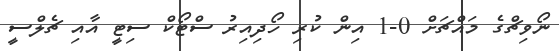
ނޯވިޗްގެ މައްޗަށް 0-1 އިން ކުރި ހޯދިއިރު ސްޓޯކް ސިޓީ އާއި ޗެލްސީ